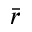
\bar { r }